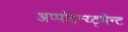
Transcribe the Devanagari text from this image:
अप्पोइन्य्ट्मेन्ट